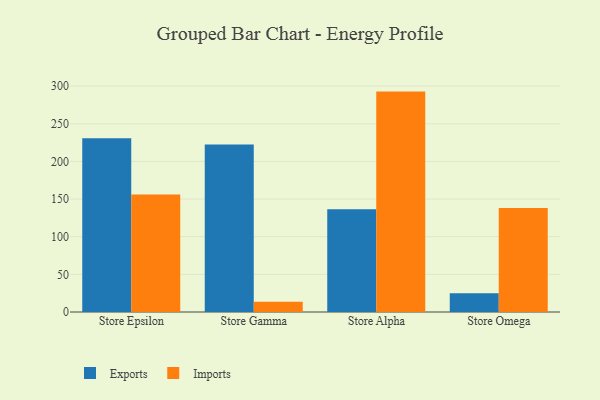
{"axis": {"x": "Store", "y": "Bounce Rate (%)"}, "legend": ["Exports", "Imports"], "data": [{"x": "Store Epsilon", "y": 230.6, "type": "Exports"}, {"x": "Store Epsilon", "y": 155.9, "type": "Imports"}, {"x": "Store Gamma", "y": 222.3, "type": "Exports"}, {"x": "Store Gamma", "y": 13.5, "type": "Imports"}, {"x": "Store Alpha", "y": 136.4, "type": "Exports"}, {"x": "Store Alpha", "y": 292.7, "type": "Imports"}, {"x": "Store Omega", "y": 24.8, "type": "Exports"}, {"x": "Store Omega", "y": 138.1, "type": "Imports"}]}